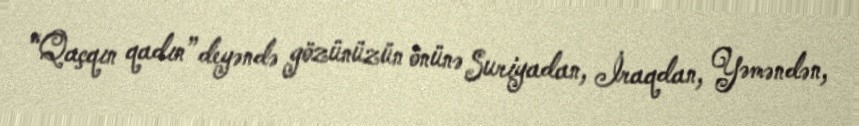
“Qaçqın qadın” deyəndə gözünüzün önünə Suriyadan, İraqdan, Yəməndən,